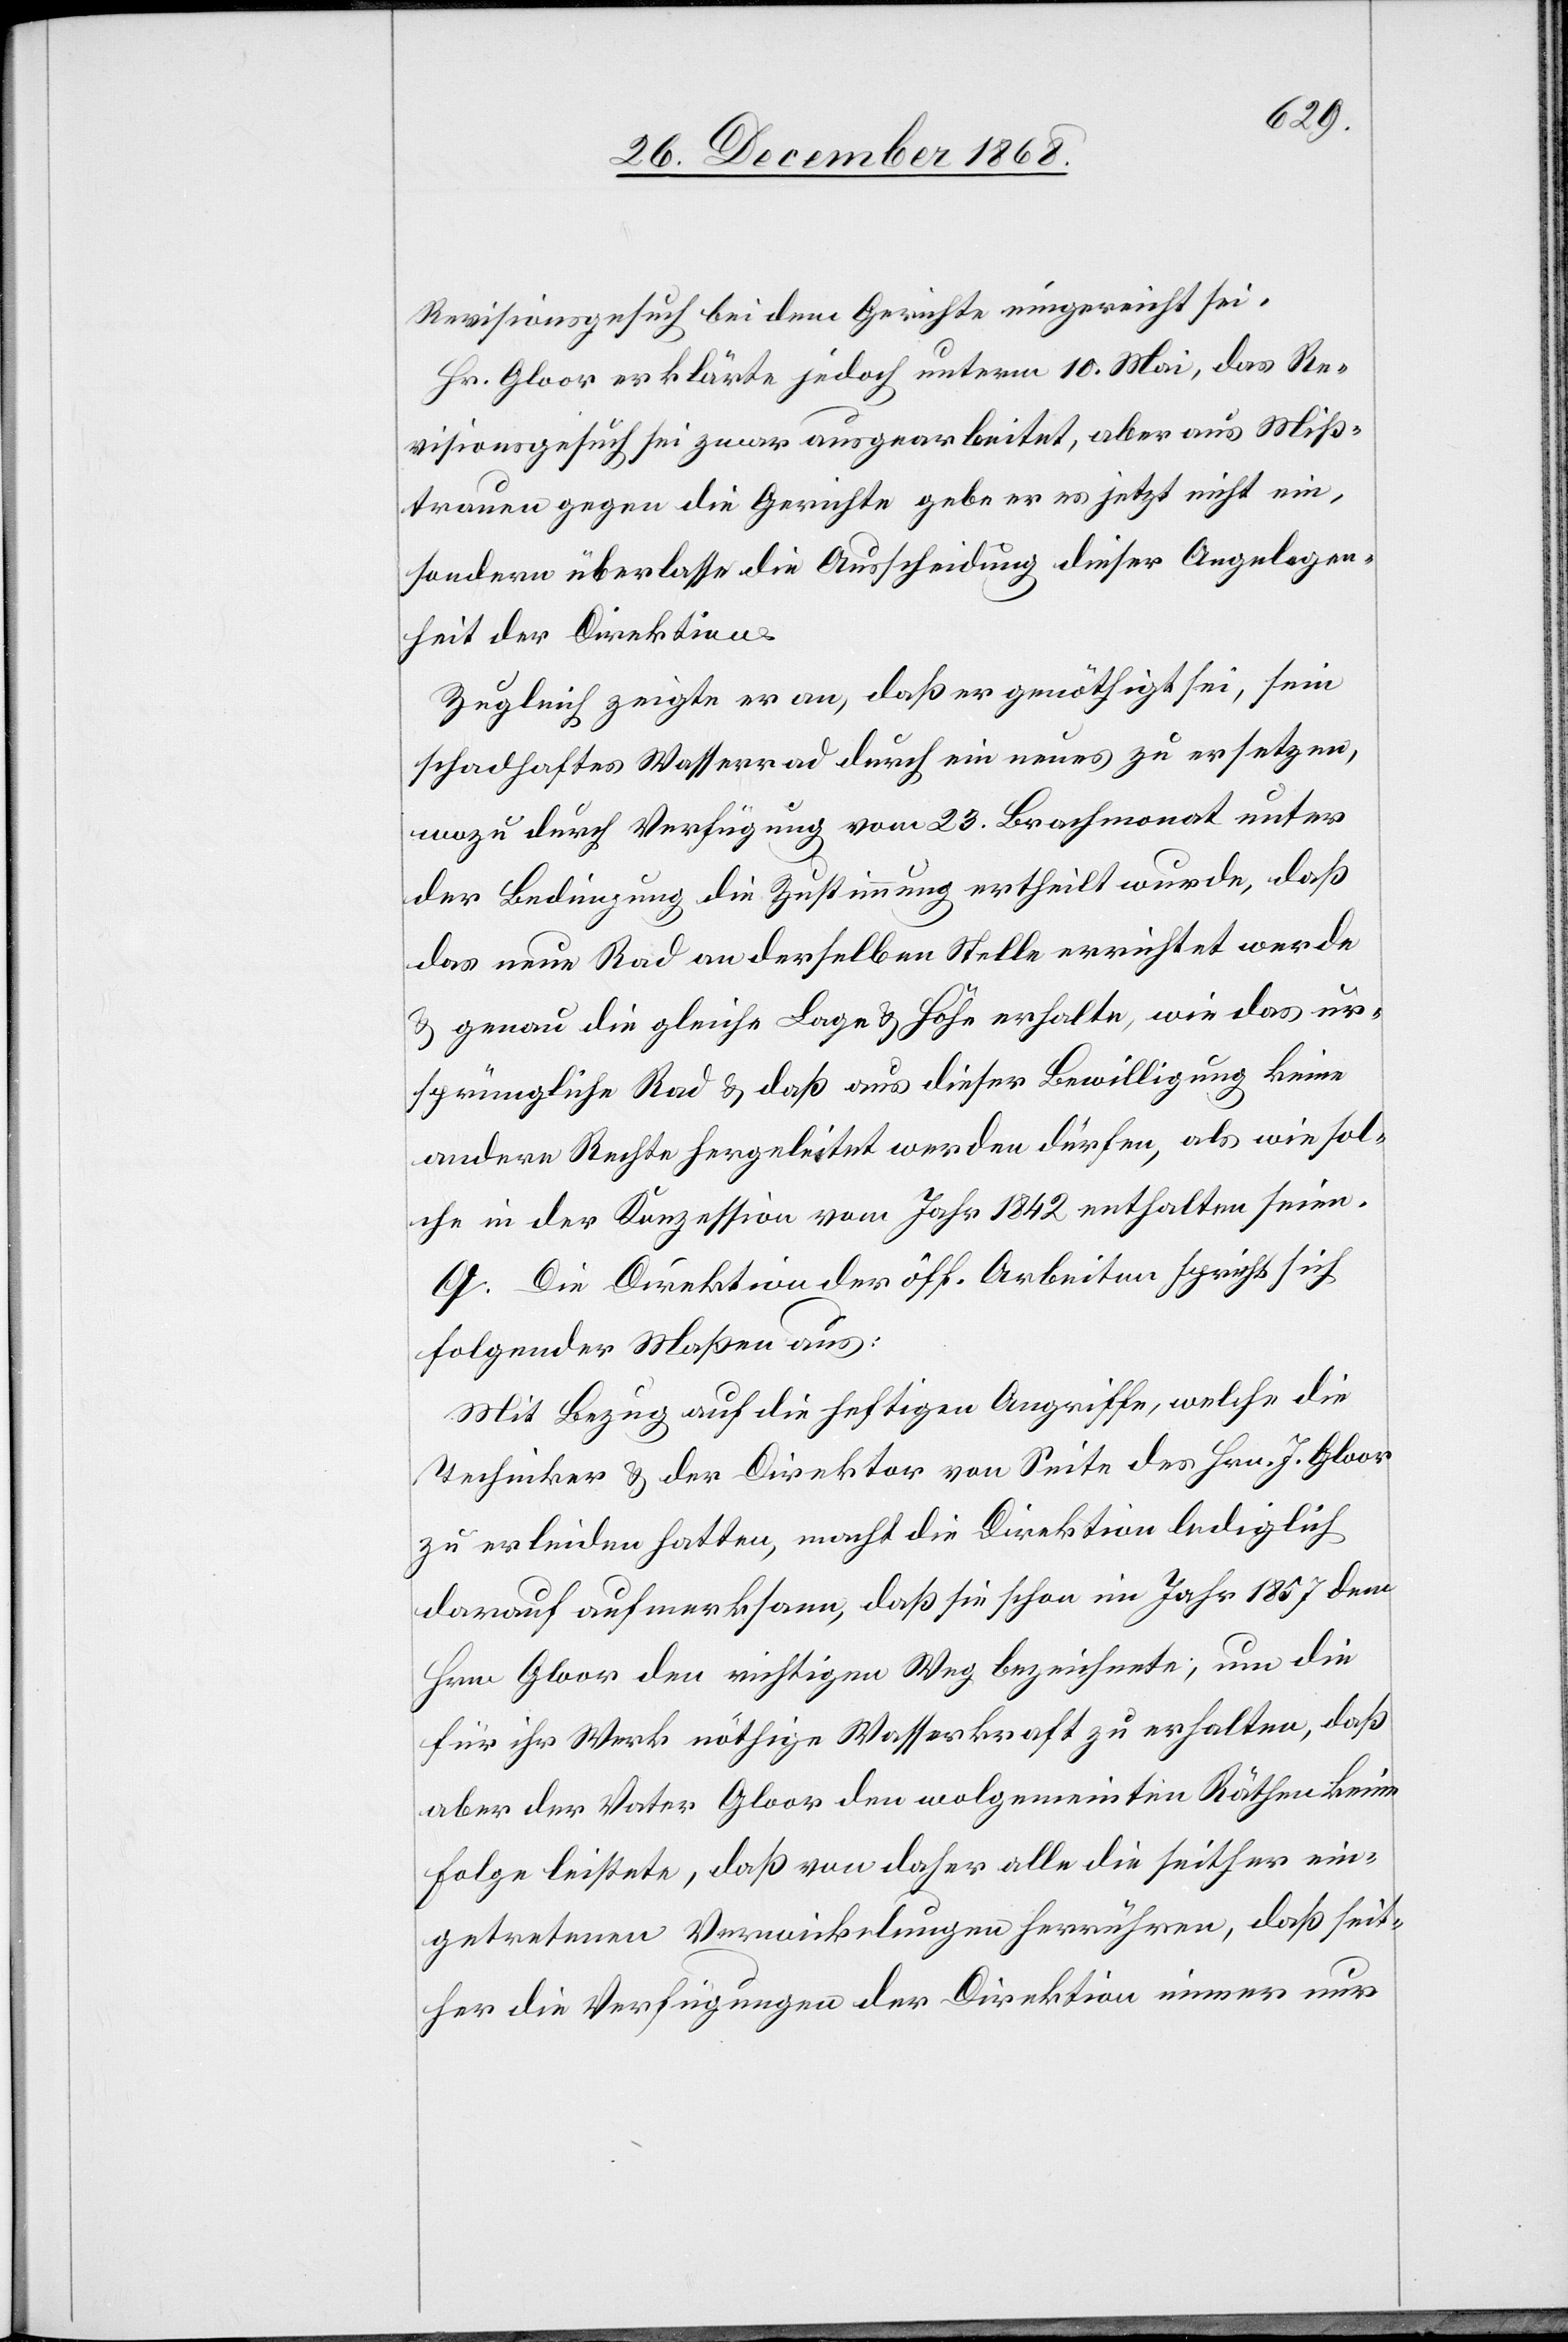
Revisionsgesuch bei dem Gerichte eingereicht sei.
Hr. Gloor erklärte jedoch unterm 10. Mai, das Re¬
visionsgesuch sei zwar ausgearbeitet, aber aus Miß¬
trauen gegen die Gerichte gebe er es jetzt nicht ein,
sondern überlasse die Ausscheidung dieser Angelegen¬
heit der Direktion.
Zugleich zeigte er an, daß er genöthigt sei, sein
schadhaftes Wasserrad durch ein neues zu ersetzen,
wozu durch Verfügung vom 23. Brachmonat unter
der Bedingung die Zustimmung ertheilt wurde, daß
das neue Rad an derselben Stelle errichtet werde
& genau die gleiche Lage & Höhe erhalte, wie das ur¬
sprüngliche Rad & daß aus dieser Bewilligung keine
andere Rechte hergeleitet werden dürfen, als wie sol¬
che in der Konzession vom Jahr 1842 enthalten seien.
Q. Die Direktion der öff. Arbeiten spricht sich
folgender Maßen aus:
Mit Bezug auf die heftigen Angriffe, welche die
Techniker & der Direktor von Seite des Hrn. J. Gloor
zu erleiden hatten, macht die Direktion lediglich
darauf aufmerksam, daß sie schon im Jahr 1857 dem
Hrn. Gloor den richtigen Weg bezeichnete, um die
für ihr Werk nöthige Wasserkraft zu erhalten, daß
aber der Vater Gloor den wolgemeinten Räthen keine
Folge leistete, daß von daher alle die seither ein¬
getretenen Verwickelungen herrühren, daß seit¬
her die Verfügungen der Direktion immer nur